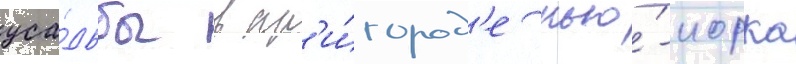
уса́дьбы в пр'и́город'е нью́-иорка